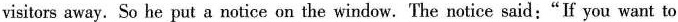
visitors away. So he put a notice on the window.The notice said:"If you want to 过去式) 2. curiosity [ kjuari'psati]n.好奇心